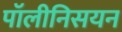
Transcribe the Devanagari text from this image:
पॉलीनिसयन